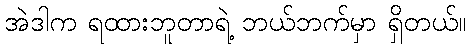
အဲဒါက ရထားဘူတာရဲ့ ဘယ်ဘက်မှာ ရှိတယ်။